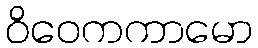
ဝိဝေကကာမော